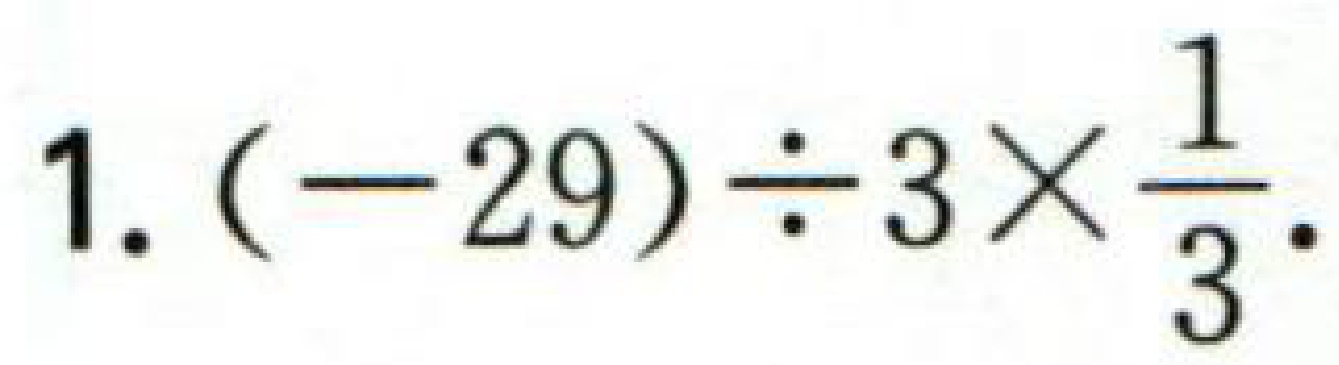
$1.(-29)\div 3\times\frac{1}{3}$